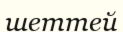
шеттей